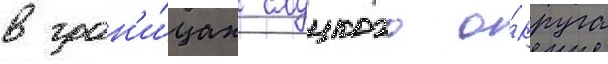
в гран'и́цах слуцкого о́круга